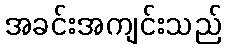
အခင်းအကျင်းသည်